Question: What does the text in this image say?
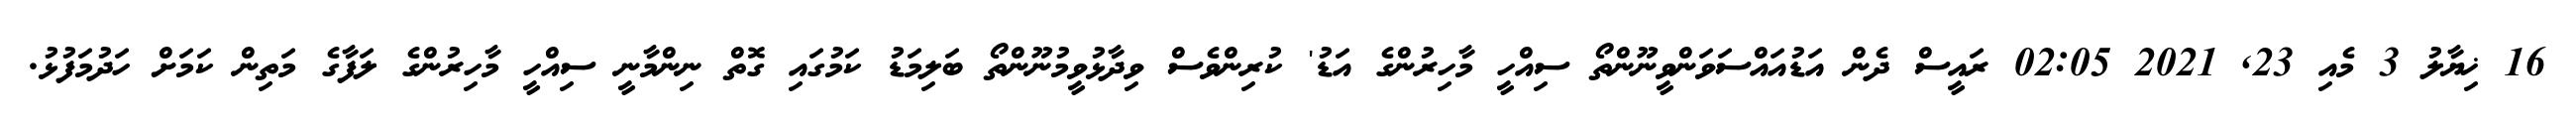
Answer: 16 ޚިޔާލު 3 މެއި 23, 2021 02:05 ރައީސް ދެން އަޑުއައްސަވަންވީނޫންތޯ ސިއްހީ މާހިރުންގެ އަޑު' ކުރިންވެސް ވިދާޅުވީމުނޫންތޯ ބަލިމަޑު ކަމުގައި ގޮތް ނިންމާނީ ސިއްހީ މާހިރުންގެ ލަފާގެ މަތިން ކަމަށް ހަދުމަފުޅު.